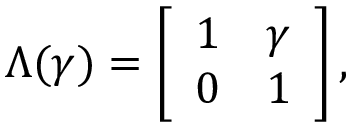
\Lambda ( \gamma ) = \left[ \begin{array} { l l } { 1 } & { \gamma } \\ { 0 } & { 1 } \end{array} \right] ,